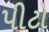
પીટો